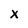
Character: X